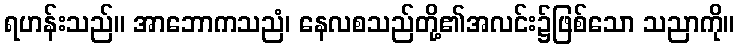
ရဟန်းသည်။ အာဘောကသညံ၊ နေလစသည်တို့၏အလင်း၌ဖြစ်သော သညာကို။